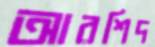
আরশিদ